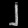
Digit: ၂